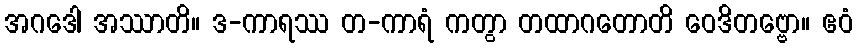
အဂဒေါ အဿာတိ။ ဒ-ကာရဿ တ-ကာရံ ကတွာ တထာဂတောတိ ဝေဒိတဗ္ဗော။ ဧဝံ